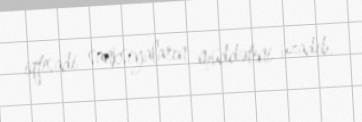
iqtisadi sanksiyaların müddətini uzadıb.